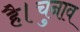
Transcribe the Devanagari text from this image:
है।चुनाव